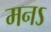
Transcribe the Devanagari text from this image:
मनऽ